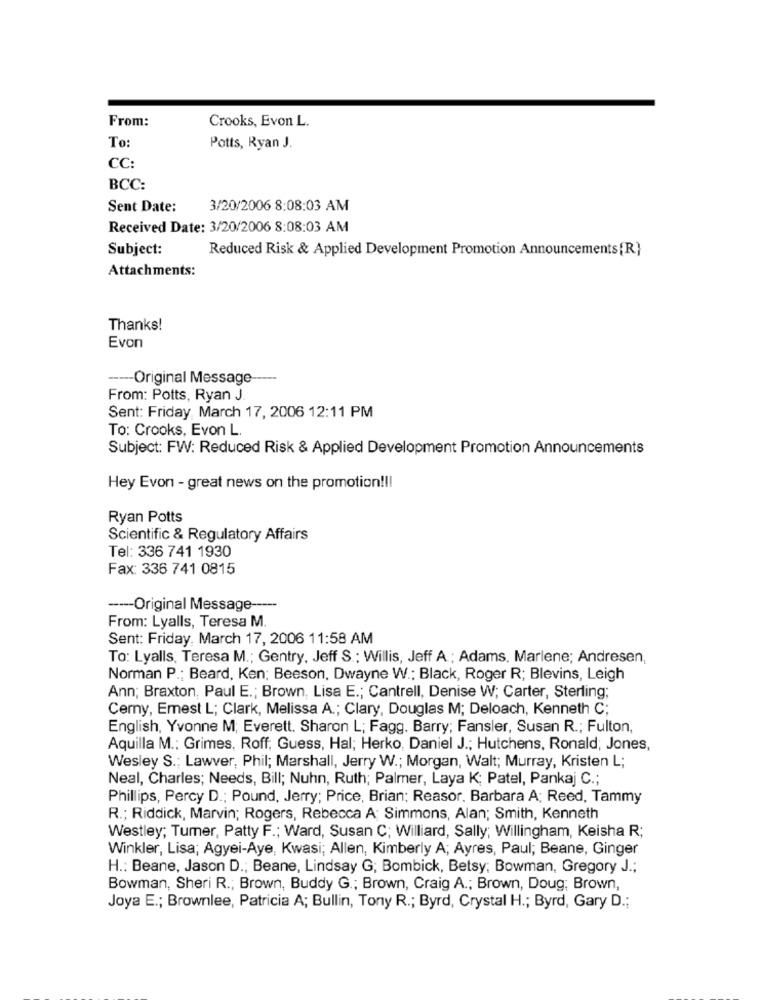
From:
Crooks, Evon L.
To
Potts, Ryan J.
CC:
BCC:
Sent Date:
3/20/2006 8:08:03 AM
Received Date: 3/20/2006 8:08:03 AM
Subject:
Reduced Risk & Applied Development Promotion Announcements{R}
Attachments:
Thanks!
Evon
----- Original Message-
From: Potts, Ryan J
Sent: Friday, March 17, 2006 12:11 PM
To: Crooks, Evon L.
Subject: FW: Reduced Risk & Applied Development Promotion Announcements
Hey Evon - great news on the promotion !!!
Ryan Potts
Scientific & Regulatory Affairs
Tel: 336 741 1930
Fax: 336 741 0815
----- Original Message -----
From: Lyalls, Teresa M.
Sent: Friday, March 17, 2006 11:58 AM
To: Lyalls, Teresa M .; Gentry, Jeff S .; Willis, Jeff A ; Adams, Marlene; Andresen,
Norman P .; Beard, Ken; Beeson, Dwayne W .; Black, Roger R; Blevins, Leigh
Ann; Braxton, Paul E .; Brown, Lisa E .; Cantrell, Denise W; Carter, Sterling;
Cerny, Emest L; Clark, Melissa A .; Clary, Douglas M; Deloach, Kenneth C;
English, Yvonne M; Everett. Sharon L; Fagg. Barry; Fansler, Susan R .; Fulton,
Aquilla M .: Grimes. Roff. Guess, Hal; Herko, Daniel J .; Hutchens, Ronald; Jones,
Wesley S .; Lawver, Phil; Marshall, Jerry W .; Morgan, Walt; Murray, Kristen L;
Neal, Charles; Needs, Bill; Nuhn, Ruth; Palmer, Laya K; Patel, Pankaj C .;
Phillips, Percy D .; Pound, Jerry; Price, Brian; Reasor. Barbara A; Reed, Tammy
R .; Riddick, Marvin; Rogers, Rebecca A; Simmons, Alan; Smith, Kenneth
Westley; Tumer, Patty F .; Ward, Susan C; Williard, Sally; Willingham, Keisha R;
Winkler, Lisa; Agyei-Aye, Kwasi; Allen, Kimberly A; Ayres, Paul; Beane, Ginger
H .: Beane, Jason D .; Beane, Lindsay G; Bombick, Betsy; Bowman, Gregory J .;
Bowman, Sheri R .; Brown, Buddy G .; Brown, Craig A .; Brown, Doug; Brown,
Joya E .; Brownlee, Patricia A; Bullin, Tony R .; Byrd, Crystal H .; Byrd, Gary D .;